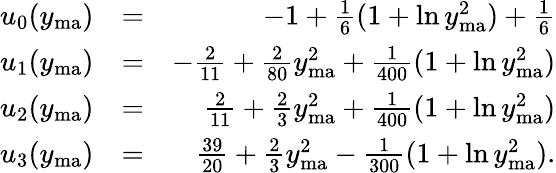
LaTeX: \begin{array}{rlr}{u_{0}(y_{\mathrm{ma}})}&{=}&{-1+\frac{1}{6}(1+\ln y_{\mathrm{ma}}^{2})+\frac{1}{6}}\\ {u_{1}(y_{\mathrm{ma}})}&{=}&{-\frac{2}{11}+\frac{2}{80}y_{\mathrm{ma}}^{2}+\frac{1}{400}(1+\ln y_{\mathrm{ma}}^{2})}\\ {u_{2}(y_{\mathrm{ma}})}&{=}&{\frac{2}{11}+\frac{2}{3}y_{\mathrm{ma}}^{2}+\frac{1}{400}(1+\ln y_{\mathrm{ma}}^{2})}\\ {u_{3}(y_{\mathrm{ma}})}&{=}&{\frac{39}{20}+\frac{2}{3}y_{\mathrm{ma}}^{2}-\frac{1}{300}(1+\ln y_{\mathrm{ma}}^{2}).}\end{array}